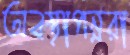
অবস্থাপন্নরা